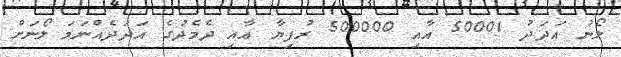
ލޯނު އަދަދު 50001 އާއި 500000 ރުފިޔާ އާއި ދެމެދުގެ އަދަދެއްނަމަ ލޯނަށް